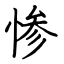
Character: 惨